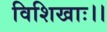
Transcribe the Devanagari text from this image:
विशिखाः।।